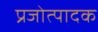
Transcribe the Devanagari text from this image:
प्रजोत्पादक